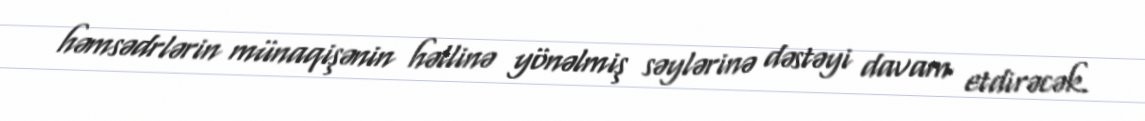
həmsədrlərin münaqişənin həllinə yönəlmiş səylərinə dəstəyi davam etdirəcək.